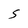
Character: S